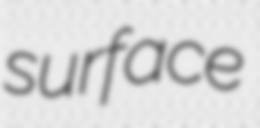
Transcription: surface